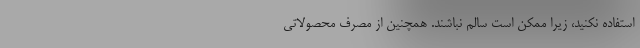
استفاده نکنید، زیرا ممکن است سالم نباشند. همچنین از مصرف محصولاتی